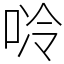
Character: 唥